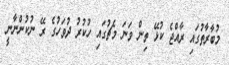
މުބާރާތުގައި ރާއްޖެ ކުޅޭ ތިން ވަނަ މެޗުގައި ހުކުރު ދުވަހުގެ ރޭ ނުކުންނާނީ